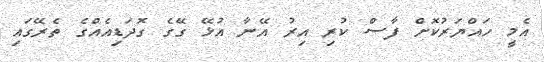
އެމީ ހައްޔަރުކޮށް ފާސް ކުރި އިރު އޭނާ އުޅޭ ގޭގެ ގޮދަޑިއެއްގެ ތެރޭގައި